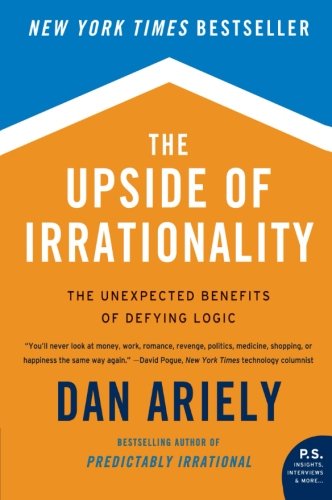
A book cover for The Upside of Irrationality: The Unexpected Benefits of Defying Logic; Dan Ariely; Medical Books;